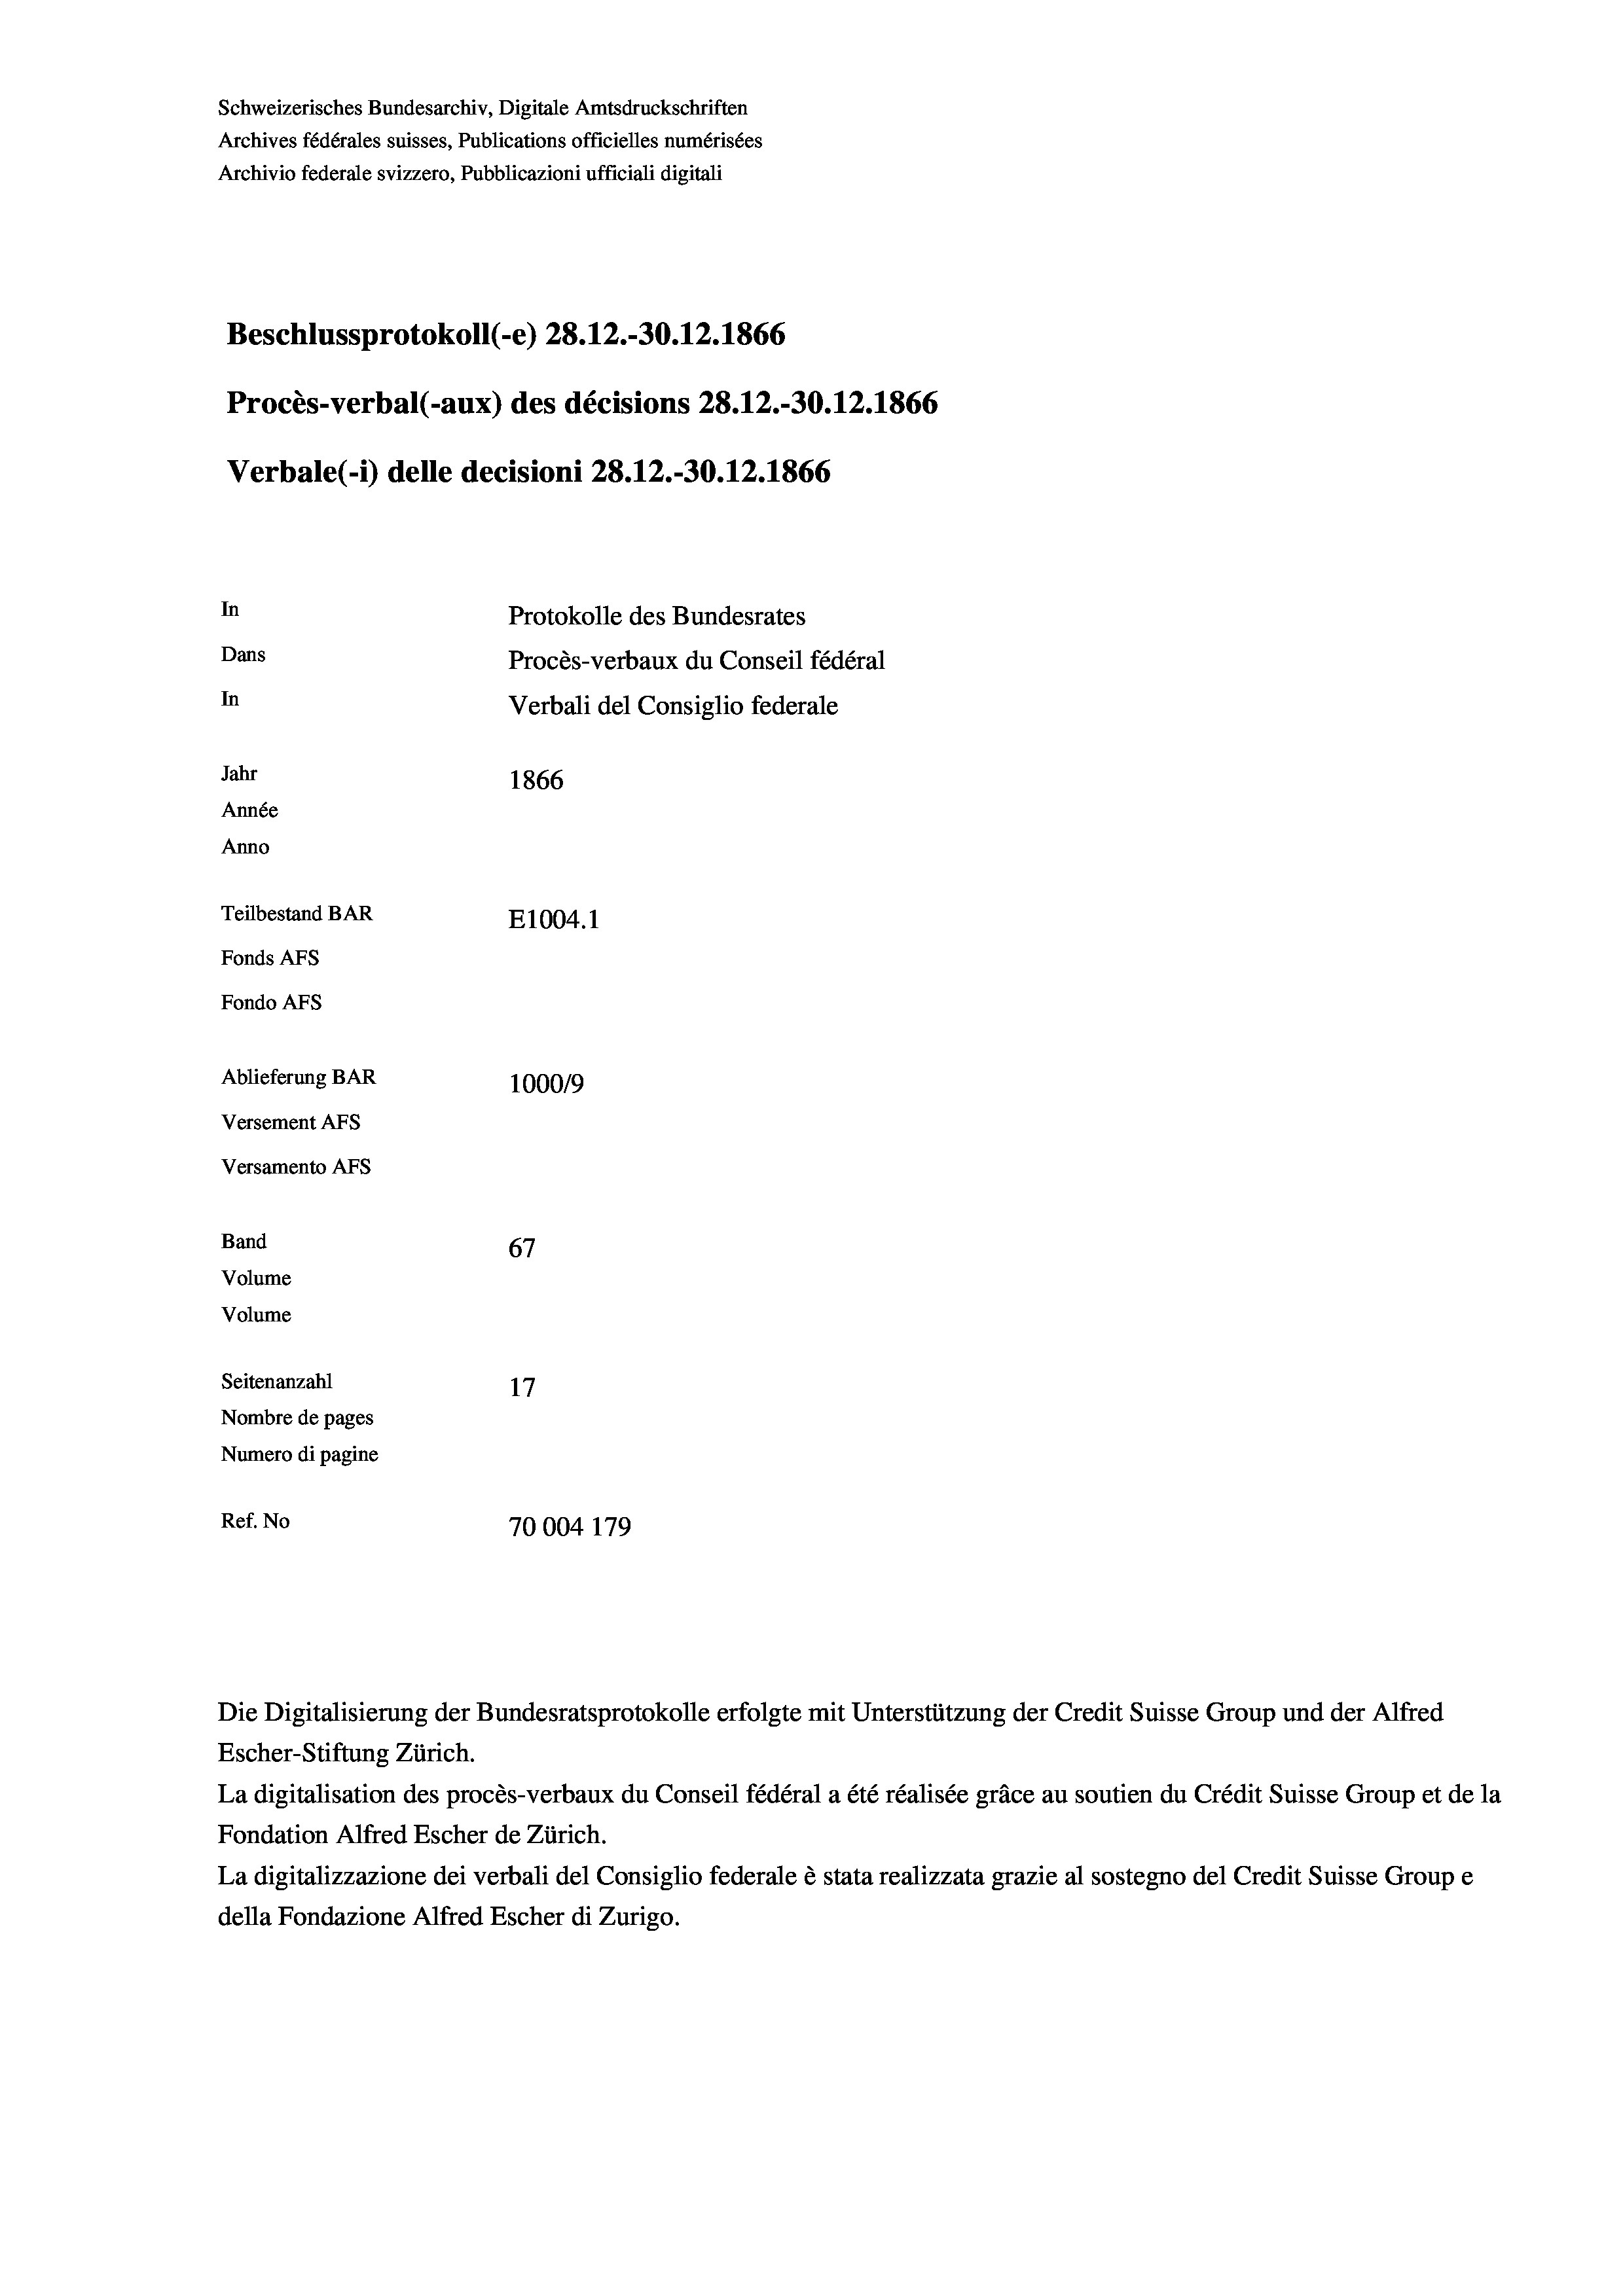
Schweizerisches Bundesarchiv, Digitale Amtsdruckschriften
Archives fédérales suisses, Publications officielles numérisées
Archivio federale svizzero, Pubblicazioni ufficiali digitali
Beschlussprotokoll (-e) 28. 12.-30.12.1866
Procès-verbal (-aux) des décisions 28.12.-30.12.1866
Verbale (i) delle decisioni 28. 12.-30.12.1866
In
Protokolle des Bundesrates
Dans
Procès-verbaux du Conseil fédéral
In
Verbali del Consiglio federale
Jahr
1866
Année
Anno
Teilbestand BAR
E1004. 1
Fonds AFs
Fondo Afs
Ablieferung BAR
100019
Versement AFs

Versamento Afs
Band
Volume
Volume
Seitenanzahl

67
17
Nombre de pages
Numero di pagine
Ref. No
70004 179

Escher-Stiftung Zürich.
La digitalisation des procès-verbaux du Conseil fédéral a été réalisée gräce au soutien du Crédit Suisse Group et de la
Fondation Alfred Escher de Zürich.
La digitalizzazione dei verbali del Consiglio federale è stata realizzata grazie al sostegno del Credit Suisse Groupe
della Fondazione Alfred Escher di Zurigo.

Die Digitalisierung der Bundesratsprotokolle erfolgte mit Unterstützung der Credit Suisse Group und der Alfred